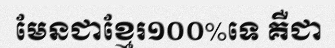
មែនជាខ្មែរ១០០%ទេ គឺជា